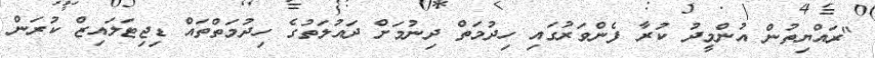
"ރައްޔިތުން އުންމީދު ކުރާ ފެންވަރުގައި ހިދުމަތް ދިނުމަށް ދައުލަތުގެ ހިދުމަތްތައް ޑިޖިޓަލައިޒް ކުރަން